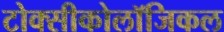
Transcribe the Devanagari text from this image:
टोक्सीकोलॉजिकल